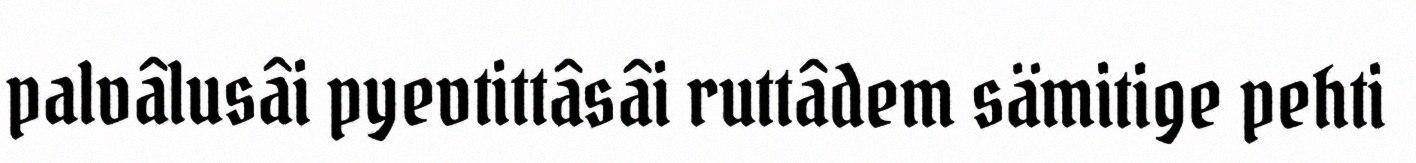
palvâlusâi pyevtittâsâi ruttâdem sämitige pehti